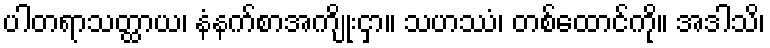
ပါတရာသတ္ထာယ၊ နံနက်စာအကျိုးငှာ။ သဟဿံ၊ တစ်ထောင်ကို။ အဒါသိ၊